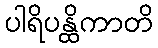
ပါရိပန္ထိကာတိ